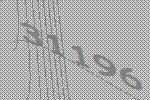
31196